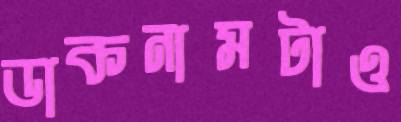
ডাকনামটাও